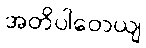
အတိပါတေယျ